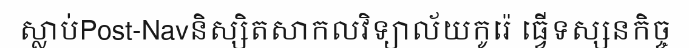
ស្លាប់Post-Navនិស្សិតសាកលវិទ្យាល័យកូរ៉េ ធ្វើទស្សនកិច្ច